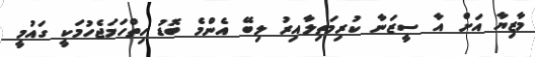
މާޒިޔާ އަށް އާ ސީޒަނާ ކުރިމަތިލާއިރު ލިބޭ އެންމެ ބޮޑު ހިތްހަމަޖެހުމަކީ ގައުމީ